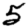
Digit: 5